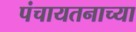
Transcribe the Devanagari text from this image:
पंचायतनाच्या